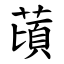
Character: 䔛